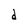
Character: d